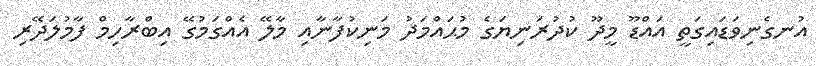
އުނގެނިވަޑައިގަތީ އައްޑޫ މީދޫ ކުދުރަނިޔަގެ މުޙައްމަދު މަނިކުފާނާއި މާލޭ އެއްގަމުގޭ އިބްރާހިމް ފާމުލަދޭރި